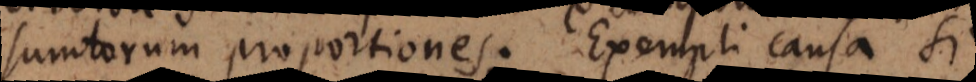
sumtarum proportiones. Exempli causa si